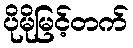
ပိုမိုမြင့်တက်